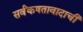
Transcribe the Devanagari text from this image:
सर्वंकषतावादाची